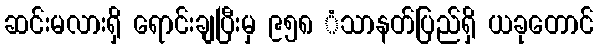
ဆင်းမလားရှိ ရောင်းချပြီးမှ ၉၅၈ ံသာနတ်ပြည်ရှိ ယခုတောင်